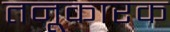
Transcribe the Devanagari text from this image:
तनूकारक